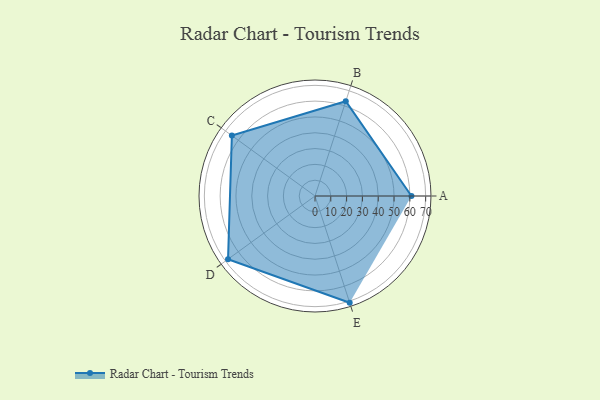
{"axis": {"x": "Skill", "y": "Score"}, "legend": ["Profile"], "data": [{"x": "A", "y": 61.0, "type": "Profile"}, {"x": "B", "y": 63.0, "type": "Profile"}, {"x": "C", "y": 65.0, "type": "Profile"}, {"x": "D", "y": 68.0, "type": "Profile"}, {"x": "E", "y": 71.0, "type": "Profile"}]}